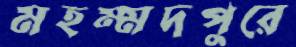
মহম্মদপুরে